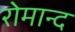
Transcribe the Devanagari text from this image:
रोमान्द